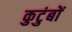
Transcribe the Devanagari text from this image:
कुटुंबों